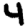
Digit: 4